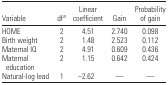
<table><thead><tr><td><b>Variable</b></td><td><b>dfa</b></td><td><b>Linear coefficient</b></td><td><b>Gain</b></td><td><b>Probability of gain</b></td></tr></thead><tbody><tr><td>HOME</td><td>2</td><td>4.51</td><td>2.740</td><td>0.098</td></tr><tr><td>Birth weight</td><td>2</td><td>1.48</td><td>2.523</td><td>0.112</td></tr><tr><td>Maternal IQ</td><td>2</td><td>4.91</td><td>0.609</td><td>0.436</td></tr><tr><td>Maternal education</td><td>2</td><td>1.15</td><td>0.642</td><td>0.424</td></tr><tr><td>Natural-log lead</td><td>1</td><td>−2.62</td><td>—</td><td>—</td></tr></tbody></table>